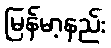
မြန်မာ့နည်း